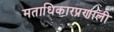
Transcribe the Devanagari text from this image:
मताधिकारप्रणाली